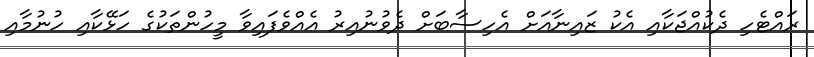
ރައްޓެހި ދެކުއްޖަކާއި އެކު ޒައިނާއަށް އެހިސާބަށް ދެވުނުއިރު އެއްވެފައިވާ މީހުންތަކުގެ ހަޅޭކާއި ހުނުމާއި